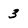
Character: 3